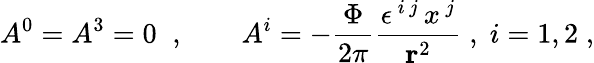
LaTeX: A^{0}=A^{3}=0\; \; ,\qquad A^{i}=-\frac{\Phi}{2\pi}\frac{\epsilon^{\, i\, j}\, x^{\, j}}{{\mathbf r}^{2}}\; ,\; i=1,2\; ,